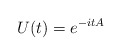
\begin{align*}U(t)=e^{-itA}\end{align*}